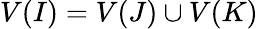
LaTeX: V(I)=V(J)\cup V(K)